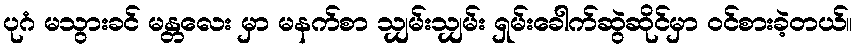
ပုဂံ မသွားခင် မန္တလေး မှာ မနက်စာ သျှမ်းသျှမ်း ရှမ်းခေါက်ဆွဲဆိုင်မှာ ဝင်စားခဲ့တယ်။